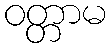
ဝတ္တာမ